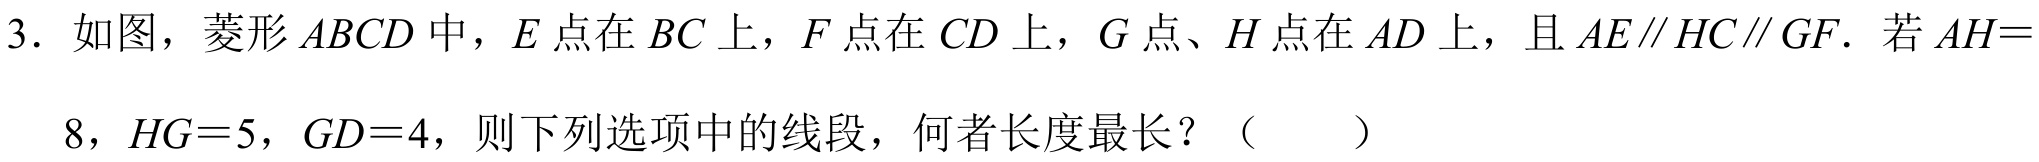
3. 如图，菱形\(ABCD\)中，\(E\)点在\(BC\)上，\(F\)点在\(CD\)上，\(G\)点、\(H\)点在\(AD\)上，且\(AE\parallel HC\parallel GF\). 若\(AH = 8\)，\(HG = 5\)，\(GD = 4\)，则下列选项中的线段，何者长度最长？（  ）